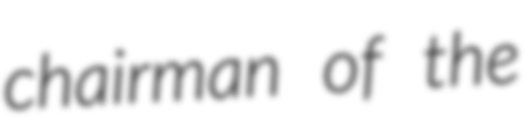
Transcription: chairman of the